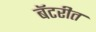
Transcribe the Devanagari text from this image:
बॅटरीत